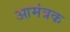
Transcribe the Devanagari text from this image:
आमंत्रक